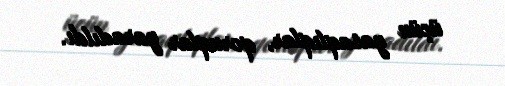
üçün yasaqlıqlar, qoruqlar yaradıldı.